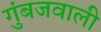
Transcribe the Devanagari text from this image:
गुंबजवाली